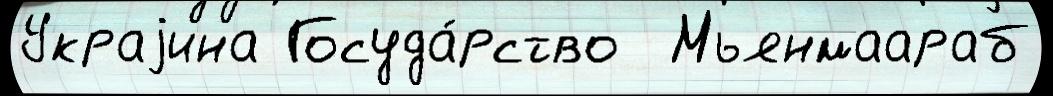
Украjина Госуда́рство  Мьянмаараб